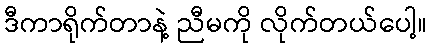
ဒီကာရိုက်တာနဲ့ ညီမကို လိုက်တယ်ပေါ့။